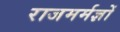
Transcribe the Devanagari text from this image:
राजमर्मज्ञों